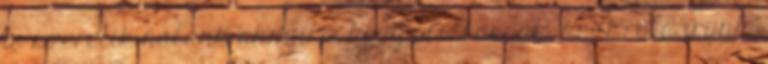
is szeretik nálunk annyira, hogy elolvassák, amit róla írunk.